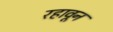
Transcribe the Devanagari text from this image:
रहावून